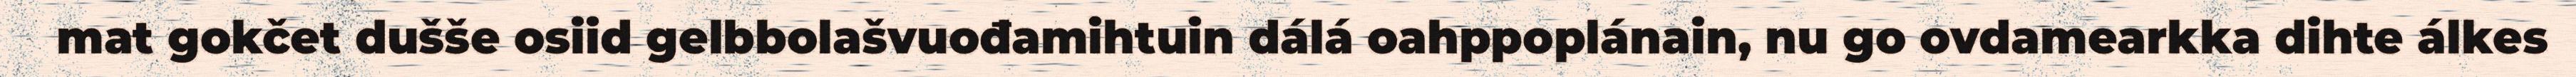
mat gokčet dušše osiid gelbbolašvuođamihtuin dálá oahppoplánain, nu go ovdamearkka dihte álkes